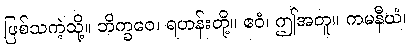
ဖြစ်သကဲ့သို့။ ဘိက္ခဝေ၊ ရဟန်းတို့။ ဧဝံ၊ ဤအတူ။ ကမနီယံ၊